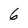
Character: 6